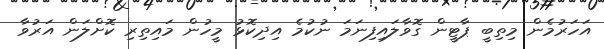
އަހަރުމެން މިތިބީ ޕާޓީން ގޮވާލައިފިނަމަ ނުކުމެ އިދިކޮޅު މީހުން މައިތިރި ކޮށްލަން އަރުވާ